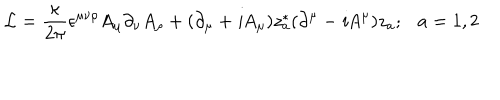
LaTeX: { \cal L } = \frac { \kappa } { 2 \pi } \epsilon ^ { \mu \nu \rho } A _ { \mu } \partial _ { \nu } A _ { \rho } + ( \partial _ { \mu } + { \it i } A _ { \mu } ) z _ { a } ^ { * } ( \partial ^ { \mu } - { \it i } A ^ { \mu } ) z _ { a } ; a = 1 , 2